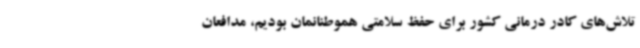
تلاش‌های کادر درمانی کشور برای حفظ سلامتی هموطنانمان بودیم، مدافعان